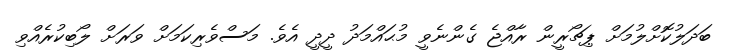
ބަދަލުކޮށްލުމަށް ޕިޗޯރީން ރާއްޖެ ގެންނެވީ މުޙައްމަދު ދީދީ އެވެ. މަސްވެރިކަމަށް ވަރަށް ލޯބިކުރެއްވި